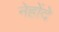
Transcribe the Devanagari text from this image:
नेहोंदे